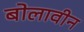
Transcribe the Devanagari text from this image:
बोलावीन